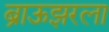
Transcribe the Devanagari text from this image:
ब्राऊझरला